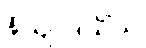
နိယျာဒယိံသု